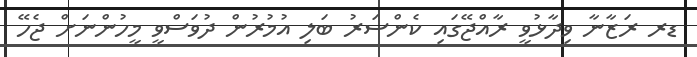
ޑރ ރަޒާނާ ވިދާޅުވީ ރާއްޖޭގައި ކެންސަރު ބަލި އުމުރުން ދުވަސްވީ މީހުންނަށް ޖެހޭ